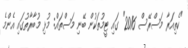
"ކެތިއަރާ މަސްރޭސް 2016" ގައި ޓީމުތަކުން ބޭނި މަސްތައް: މުޅި މުބާރާތުގައި އެންމެ